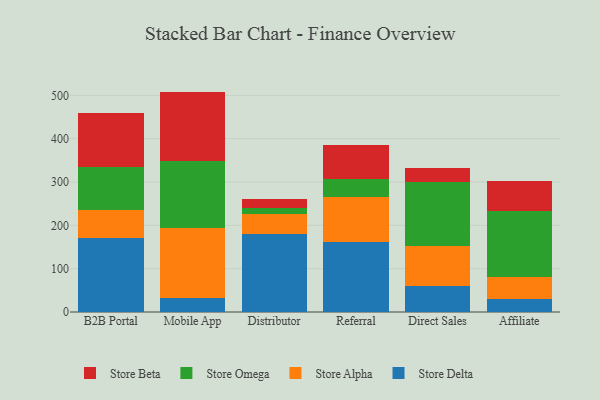
{"axis": {"x": "Channel", "y": "Revenue (USD Million)"}, "legend": ["Store Alpha", "Store Beta", "Store Delta", "Store Omega"], "data": [{"x": "B2B Portal", "y": 169.9, "type": "Store Delta"}, {"x": "B2B Portal", "y": 65.6, "type": "Store Alpha"}, {"x": "B2B Portal", "y": 100.1, "type": "Store Omega"}, {"x": "B2B Portal", "y": 124.1, "type": "Store Beta"}, {"x": "Mobile App", "y": 33.2, "type": "Store Delta"}, {"x": "Mobile App", "y": 161.8, "type": "Store Alpha"}, {"x": "Mobile App", "y": 152.6, "type": "Store Omega"}, {"x": "Mobile App", "y": 161.1, "type": "Store Beta"}, {"x": "Distributor", "y": 179.2, "type": "Store Delta"}, {"x": "Distributor", "y": 45.9, "type": "Store Alpha"}, {"x": "Distributor", "y": 15.4, "type": "Store Omega"}, {"x": "Distributor", "y": 20.9, "type": "Store Beta"}, {"x": "Referral", "y": 160.9, "type": "Store Delta"}, {"x": "Referral", "y": 105.4, "type": "Store Alpha"}, {"x": "Referral", "y": 41.5, "type": "Store Omega"}, {"x": "Referral", "y": 78.8, "type": "Store Beta"}, {"x": "Direct Sales", "y": 60.4, "type": "Store Delta"}, {"x": "Direct Sales", "y": 92.7, "type": "Store Alpha"}, {"x": "Direct Sales", "y": 146.6, "type": "Store Omega"}, {"x": "Direct Sales", "y": 32.8, "type": "Store Beta"}, {"x": "Affiliate", "y": 30.1, "type": "Store Delta"}, {"x": "Affiliate", "y": 51.8, "type": "Store Alpha"}, {"x": "Affiliate", "y": 150.5, "type": "Store Omega"}, {"x": "Affiliate", "y": 69.6, "type": "Store Beta"}]}